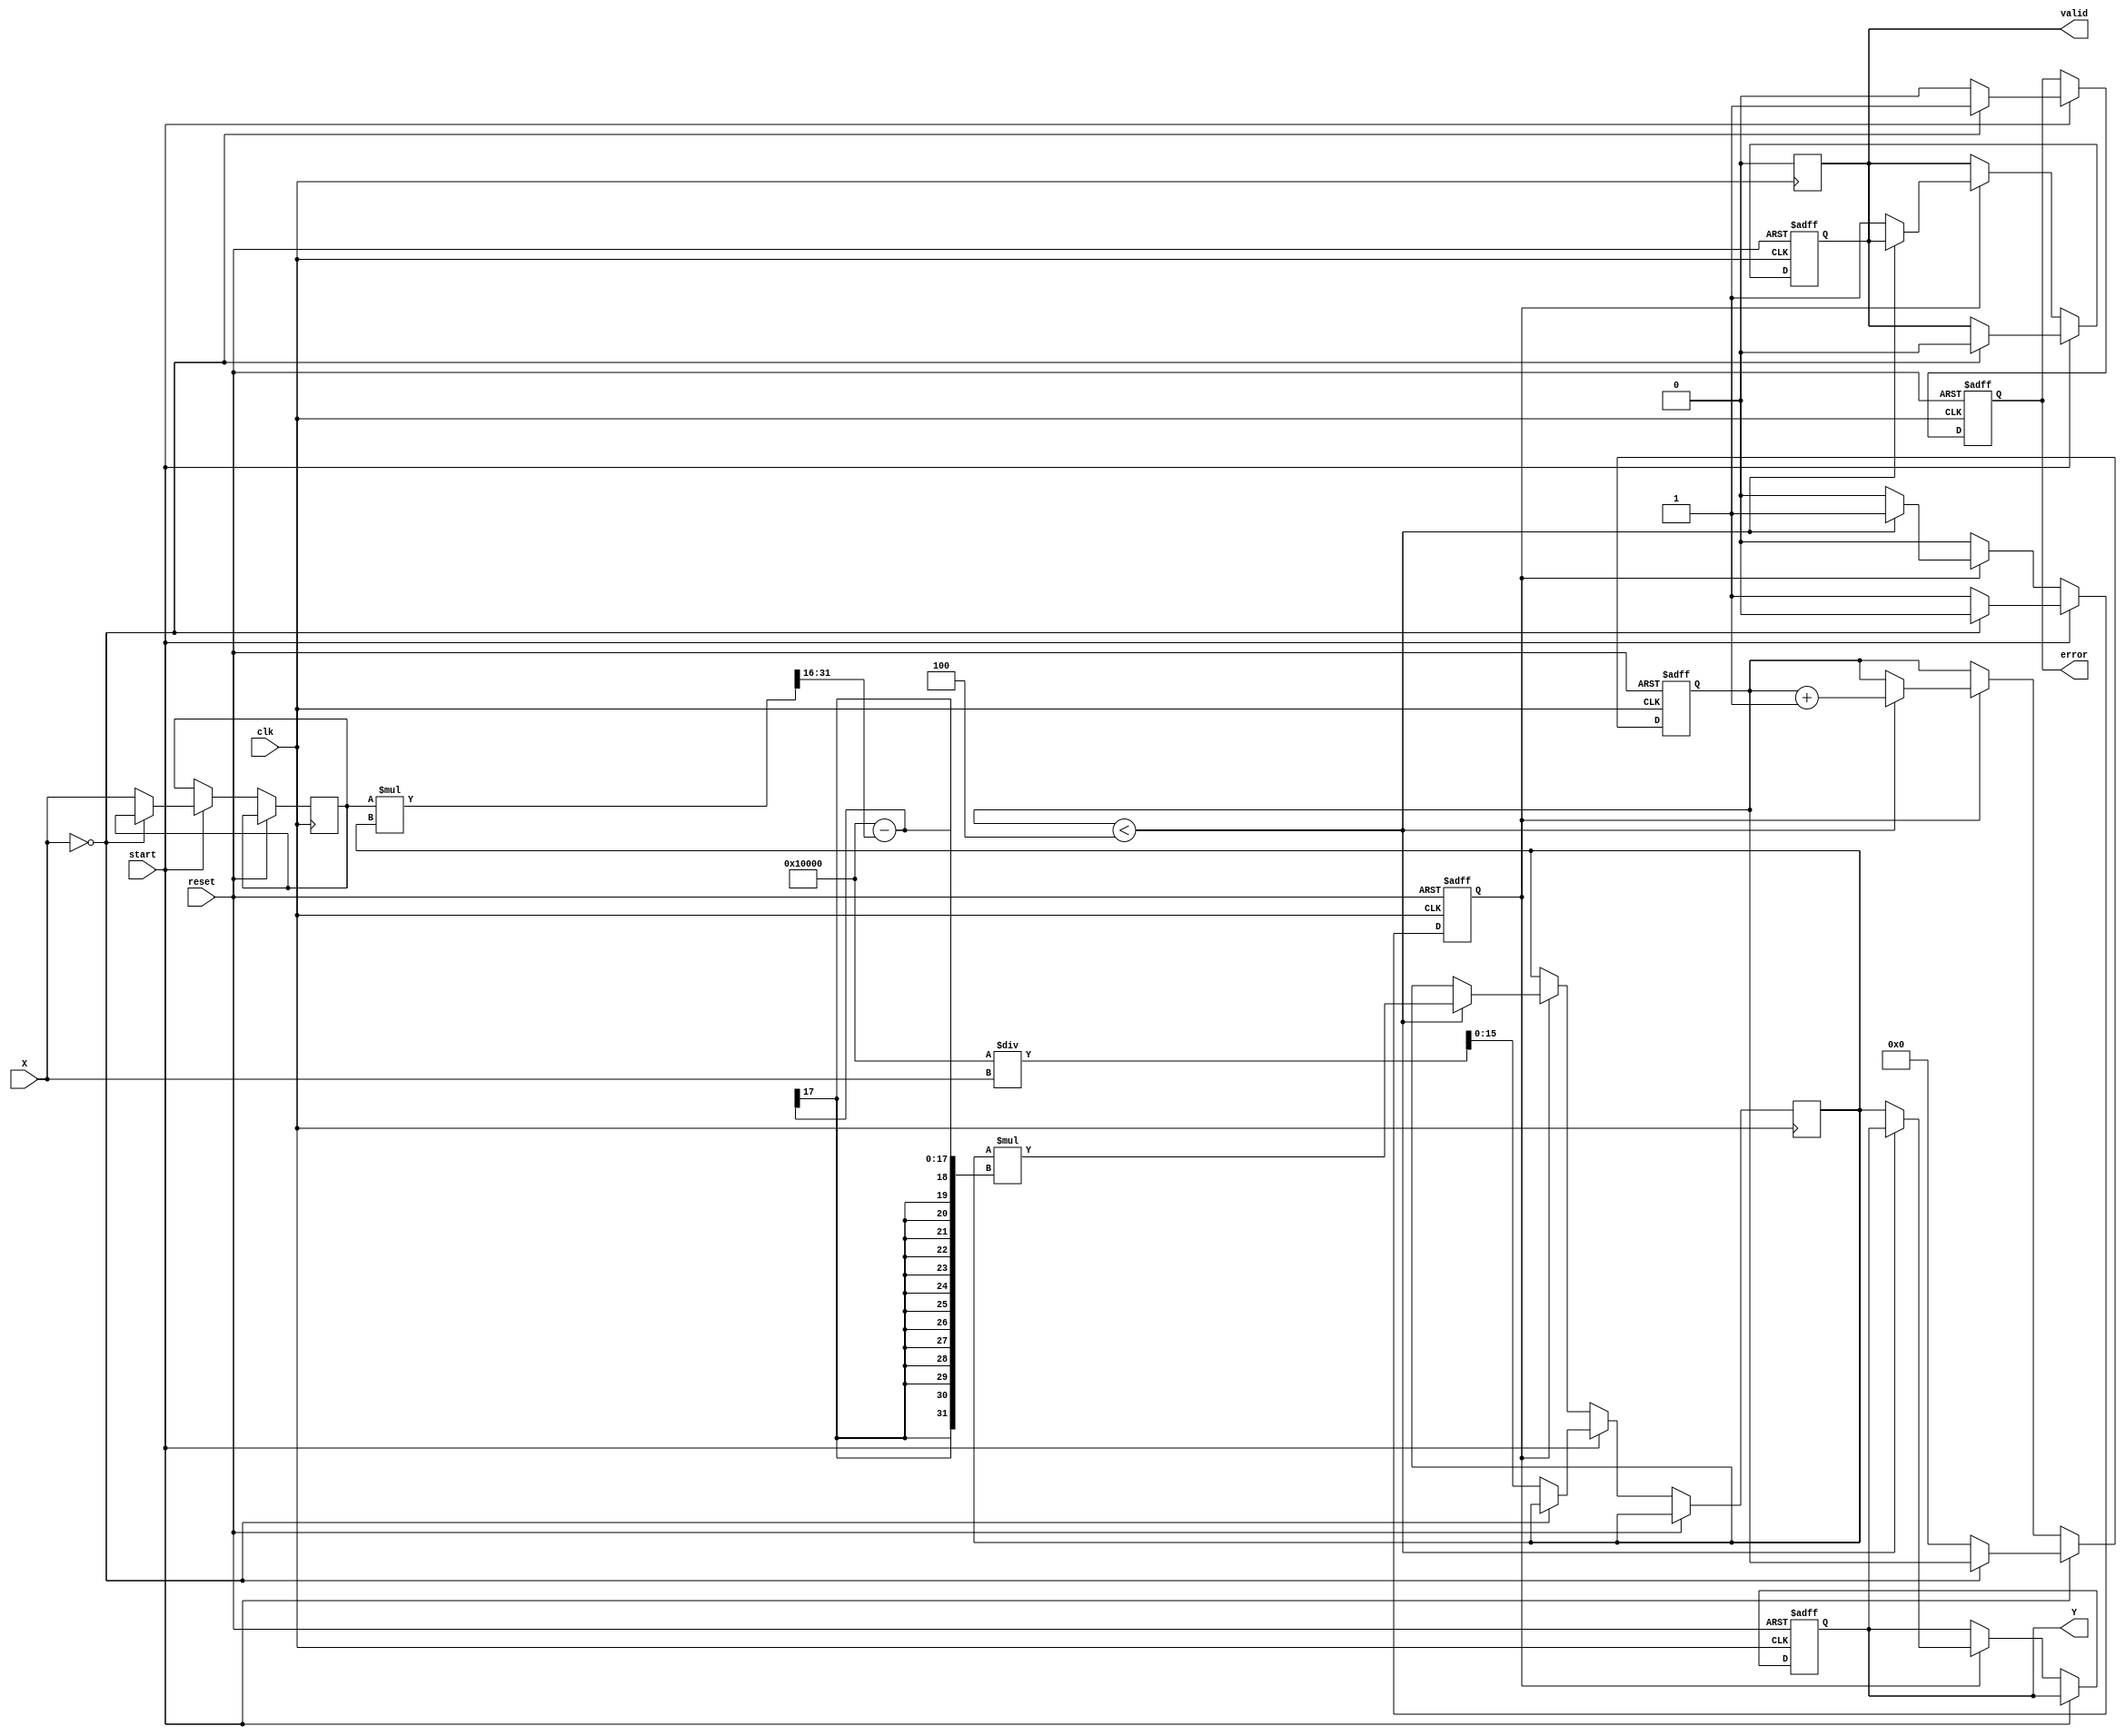
module DirectReciprocalUnit #(
    parameter WIDTH = 16, // Width of input and output data
    parameter ITERATIONS = 4 // Number of iterations for Newton-Raphson
)(
    input wire clk,
    input wire reset,
    input wire start,
    input wire [WIDTH-1:0] X, // Input data
    output reg [WIDTH-1:0] Y, // Reciprocal result
    output reg valid, // Output valid signal
    output reg error // Error flag
);

    reg [WIDTH-1:0] x_reg;
    reg [WIDTH-1:0] r; // Initial guess for reciprocal
    reg [3:0] count; // Iteration counter
    reg computing; // Flag to indicate computation in progress

    // Initial guess for reciprocal (1/X) can be set to a specific value
    // Here we use a simple approximation for the initial guess
    always @(posedge clk or posedge reset) begin
        if (reset) begin
            Y <= 0;
            valid <= 0;
            error <= 0;
            computing <= 0;
            count <= 0;
        end else if (start) begin
            if (X == 0) begin
                error <= 1; // Division by zero error
                valid <= 0;
                computing <= 0;
            end else begin
                error <= 0; // Clear error flag
                x_reg <= X;
                r <= (1 << WIDTH) / X; // Initial guess (1/X)
                count <= 0;
                computing <= 1; // Start computation
            end
        end else if (computing) begin
            if (count < ITERATIONS) begin
                // Newton-Raphson iteration: r = r * (2 - x * r)
                r <= r * ((1 << WIDTH) - (x_reg * r >> WIDTH));
                count <= count + 1;
            end else begin
                Y <= r; // Final result
                valid <= 1; // Output is valid
                computing <= 0; // End computation
            end
        end
    end

    // Reset valid signal after reading
    always @(posedge clk) begin
        if (valid) begin
            valid <= 0; // Reset valid signal for next computation
        end
    end

endmodule